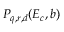
P _ { q , r , d } ( E _ { c } , b )